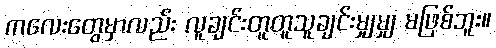
ကလေးတွေမှာလည်း လူချင်းတူတူသူချင်းမျှမျှ မဖြစ်ဘူး။